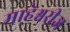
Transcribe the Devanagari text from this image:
माहेश्वरीज